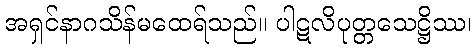
အရှင်နာဂသိန်မထေရ်သည်။ ပါဋလိပုတ္တသေဋ္ဌိဿ၊